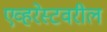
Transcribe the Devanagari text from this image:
एव्हरेस्टवरील